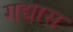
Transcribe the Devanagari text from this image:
गद्यास